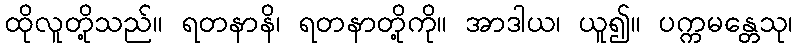
ထိုလူတို့သည်။ ရတနာနိ၊ ရတနာတို့ကို။ အာဒါယ၊ ယူ၍။ ပက္ကမန္တေသု၊